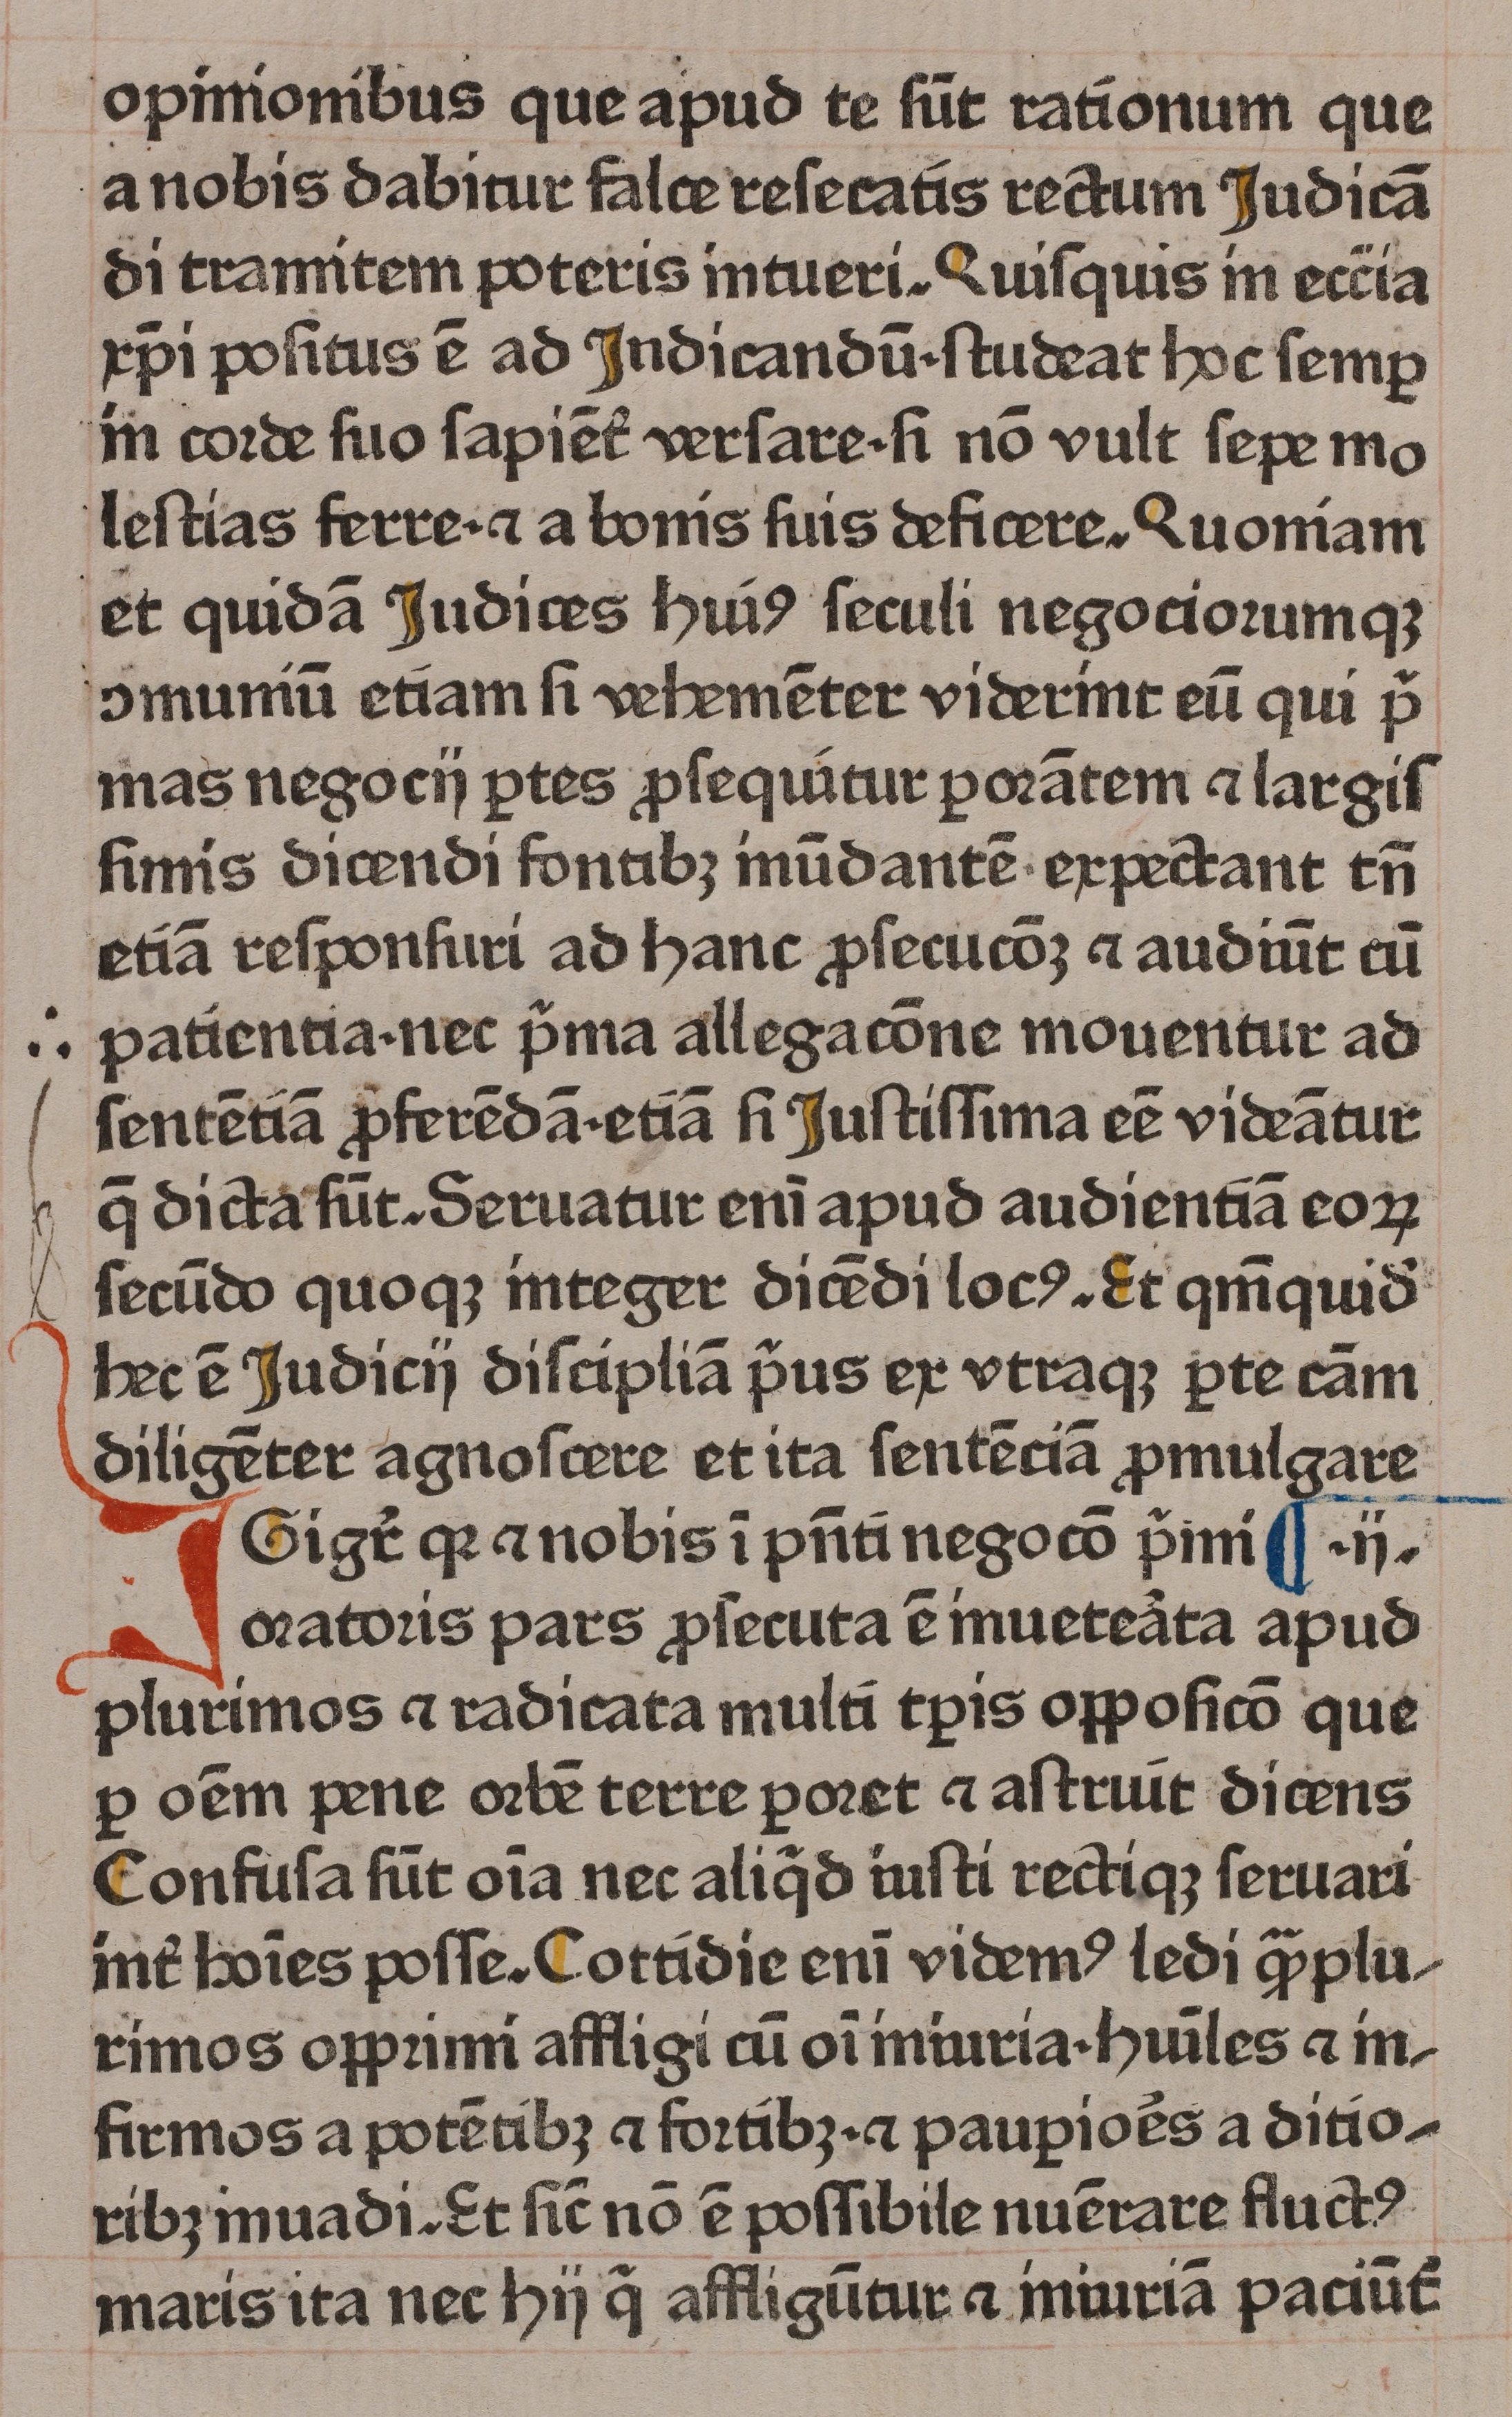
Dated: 1465–1465